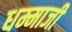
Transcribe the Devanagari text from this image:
धम्माजी